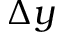
\Delta y